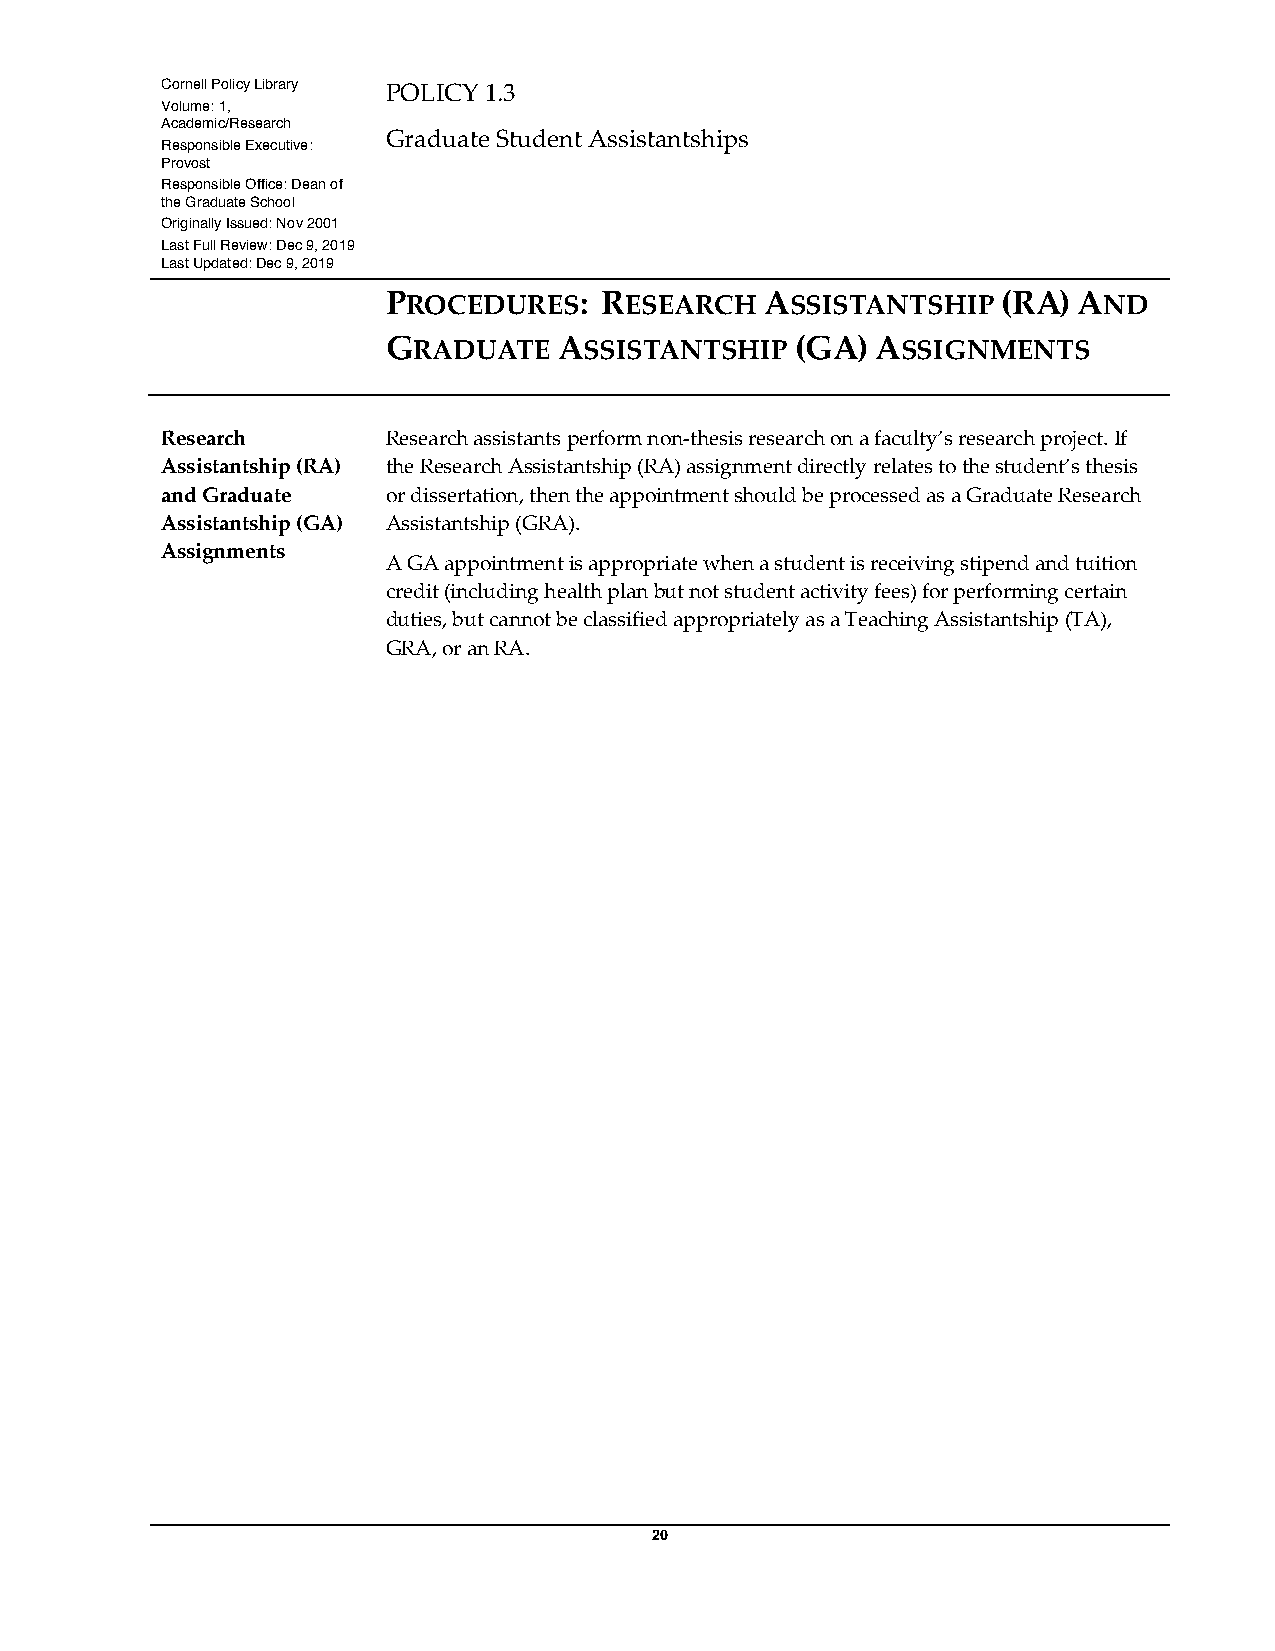
Cornell Policy Library POLICY 1.3
 Volume: 1,
 Academic/Research
 Graduate Student Assistantships
 Responsible Executive:
 Provost
 Responsible Office: Dean of
 the Graduate School
 Originally Issued: Nov 2001
 Last Full Review: Dec 9, 2019
 Last Updated: Dec 9, 2019
 PROCEDURES:   RESEARCH   ASSISTANTSHIP  (RA) AND
 GRADUATE   ASSISTANTSHIP   (GA) ASSIGNMENTS
 Research       Research assistants perform non-thesis research on a faculty’s research project. If
 Assistantship (RA) the Research Assistantship (RA) assignment directly relates to the student’s thesis
 and Graduate   or dissertation, then the appointment should be processed as a Graduate Research
 Assistantship (GA) Assistantship (GRA).
 Assignments
 A GA appointment is appropriate when a student is receiving stipend and tuition
 credit (including health plan but not student activity fees) for performing certain
 duties, but cannot be classified appropriately as a Teaching Assistantship (TA),
 GRA, or an RA.
 20